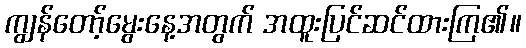
ကျွန်တော့်မွေးနေ့အတွက် အထူးပြင်ဆင်ထားကြ၏။